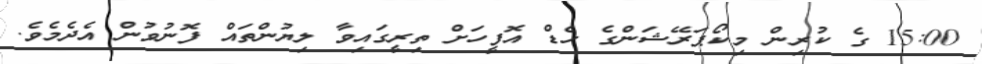
15:00 ގެ ކުރިން މިކޯޕަރޭޝަންގެ ހެޑް އޮފީހަށް ތިރީގައިވާ ލިޔުންތައް ފޮނުވުން އެދެމެވެ.